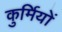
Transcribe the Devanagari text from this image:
कुर्मियों